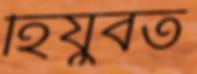
হিযুবত